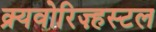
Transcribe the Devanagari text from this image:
क्र्यवोरिज़्हस्टल